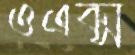
ওএক্স